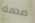
صدمة